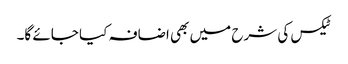
ٹیکس کی شرح میں بھی اضافہ کیا جائے گا۔